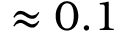
\approx 0 . 1